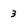
Character: 3